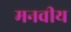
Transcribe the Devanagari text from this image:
मनवीय